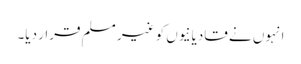
انہوں نے قادیانیوں کو غیر مسلم قرار دیا۔